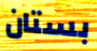
بستان